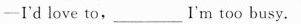
—I'd love to,___I'm too busy.